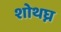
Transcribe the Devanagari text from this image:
शोथघ्न